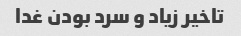
تاخیر زیاد و سرد بودن غدا